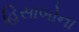
હિસાબોના